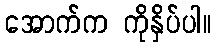
အောက်က ကိုနှိပ်ပါ။